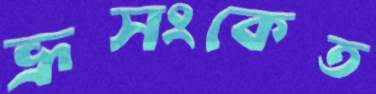
ভ্রূসংকেত